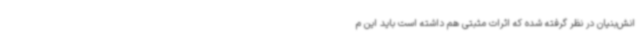
انش‌بنیان در نظر گرفته شده که اثرات مثبتی هم داشته است باید این م